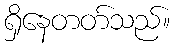
ရှိနေတတ်သည်။